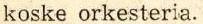
koske orkesteria.